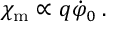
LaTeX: \chi _ { \mathrm { m } } \propto q \dot { \varphi } _ { 0 } \: .